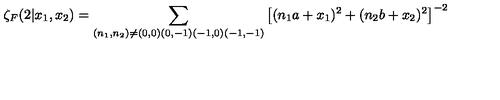
\zeta _ { F } ( 2 | x _ { 1 } , x _ { 2 } ) = \sum _ { ( n _ { 1 } , n _ { 2 } ) \neq ( 0 , 0 ) ( 0 , - 1 ) ( - 1 , 0 ) ( - 1 , - 1 ) } \left[ ( n _ { 1 } a + x _ { 1 } ) ^ { 2 } + ( n _ { 2 } b + x _ { 2 } ) ^ { 2 } \right] ^ { - 2 }